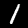
Digit: 1